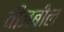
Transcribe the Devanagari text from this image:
वीजबील